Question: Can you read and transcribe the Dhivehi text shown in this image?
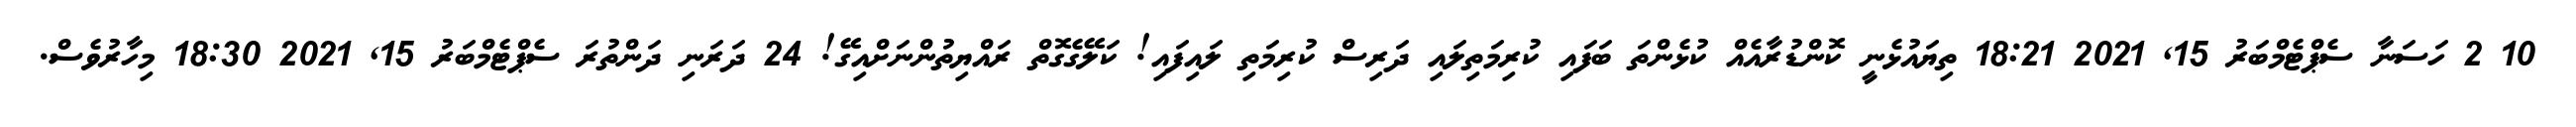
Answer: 10 2 ހަސަނާ ސެޕްޓެމްބަރު 15, 2021 18:21 ތިޔައުޅެނީ ކޮންޑުރާއެއް ކުޅެންތަ ބަފައި ކުރިމަތިލައި ދަރިސް ކުރިމަތި ލައިފައި! ކަލޭގެގޮތް ރައްޔިތުންނަށްއިގޭ! 24 ދަރަނި ދަންތުރަ ސެޕްޓެމްބަރު 15, 2021 18:30 މިހާރުވެސް.